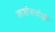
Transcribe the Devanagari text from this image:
कशेरुदंडी